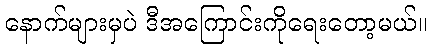
နောက်များမှပဲ ဒီအကြောင်းကိုရေးတော့မယ်။